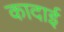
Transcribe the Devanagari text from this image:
कादाई